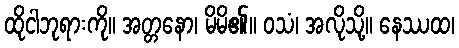
ထိုငါဘုရားကို။ အတ္တနော၊ မိမိ၏။ ဝသံ၊ အလိုသို့။ နေဿထ၊